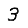
Digit: 3